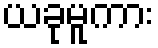
ယခုမူကား